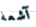
آشعة